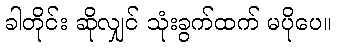
ခါတိုင်း ဆိုလျှင် သုံးခွက်ထက် မပိုပေ။